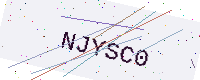
Text: NJYSC0